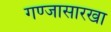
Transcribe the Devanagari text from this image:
गण्जासारखा